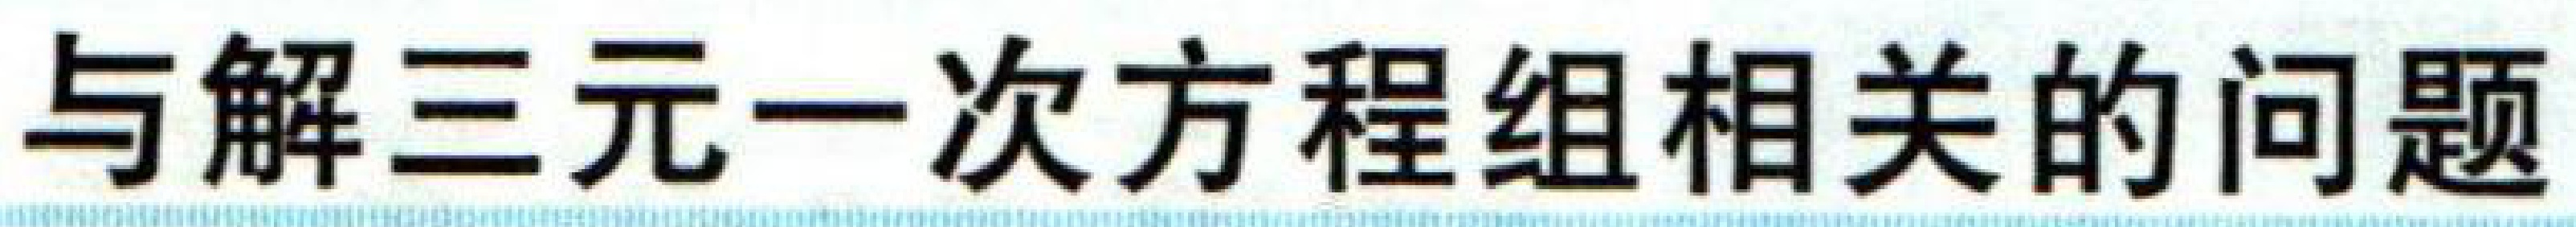
与解三元一次方程组相关的问题